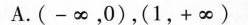
A.(-∞，0)，(1，+∞)